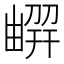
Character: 𠟳